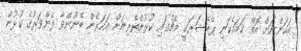
އަހަންނަށް އޮތް ހަމައެކަނި ޕްރެޝަރަކީ މެޗުގައި ކުޅުންތެރިނަށް އަހަރެން ބޭނުންވާ ފެންވަރުގެ ކުޅުން